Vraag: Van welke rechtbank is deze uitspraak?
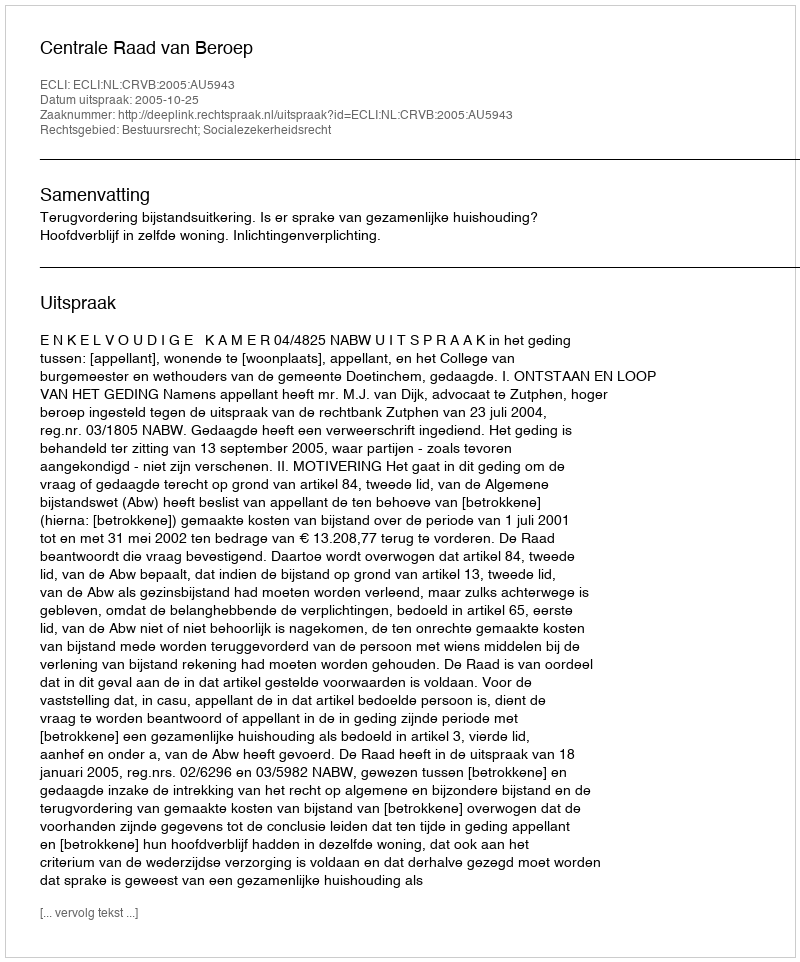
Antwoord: Centrale Raad van Beroep